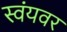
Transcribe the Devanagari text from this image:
स्वंयवर